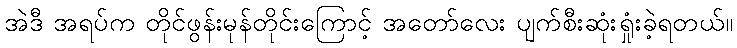
အဲဒီ အရပ်က တိုင်ဖွန်းမုန်တိုင်းကြောင့် အတော်လေး ပျက်စီးဆုံးရှုံးခဲ့ရတယ်။